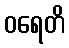
ဝရေတိ